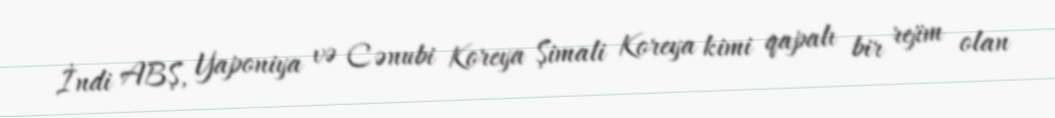
İndi ABŞ, Yaponiya və Cənubi Koreya Şimali Koreya kimi qapalı bir rejim olan